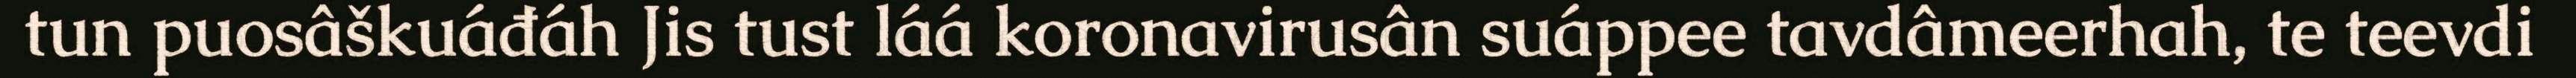
tun puosâškuáđáh Jis tust láá koronavirusân suáppee tavdâmeerhah, te teevdi